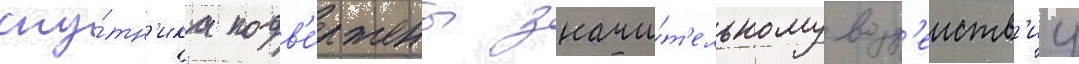
спу́тн'ика подв'е́ржены значи́т'ельному возд'еиств'иу